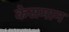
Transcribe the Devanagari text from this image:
केसमान